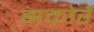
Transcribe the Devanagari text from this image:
झकोरें